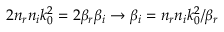
2 n _ { r } n _ { i } k _ { 0 } ^ { 2 } = 2 \beta _ { r } \beta _ { i } \rightarrow \beta _ { i } = n _ { r } n _ { i } k _ { 0 } ^ { 2 } / \beta _ { r }